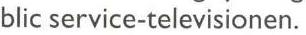
blic service-televisionen.